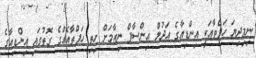
ނިމިދިޔަ ހަފްތާއަކީ އިންޑިއާގެ އަދުލް އިންސާފް ނިޒާމަށް ހިތި ހަފްތާއެއްގެ ގޮތުގައި އިންޑިއާގެ